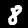
Label: 8